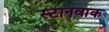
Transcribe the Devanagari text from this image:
स्टानवाक